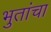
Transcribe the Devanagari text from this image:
भुतांचा